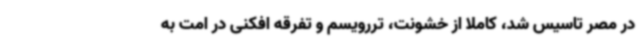
در مصر تاسیس شد، کاملاً از خشونت، تررویسم و تفرقه افکنی در امت به